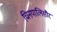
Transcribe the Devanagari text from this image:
चिनयालिसौर